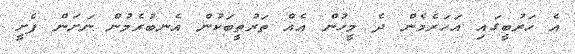
އެ ހަރުބީގައި އަހަރެމެން ދެ މީހުން އެއް ތަރުތީބަކުން އެނބުރެމުން ނަށަން ފެށީ